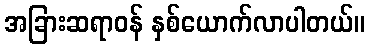
အခြားဆရာဝန် နှစ်ယောက်လာပါတယ်။